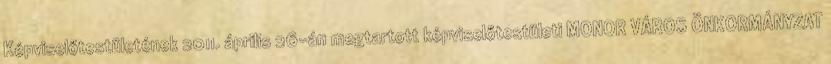
Képviselőtestületének 2011. április 26-án megtartott képviselőtestületi MONOR VÁROS ÖNKORMÁNYZAT